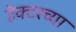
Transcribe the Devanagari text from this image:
हेक्टरच्या